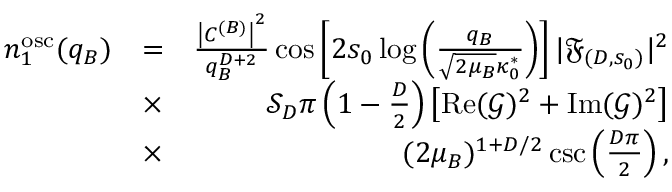
\begin{array} { r l r } { n _ { 1 } ^ { \mathrm { o s c } } ( q _ { B } ) } & { = } & { \frac { \left| C ^ { ( B ) } \right| ^ { 2 } } { q _ { B } ^ { D + 2 } } \cos \left[ 2 s _ { 0 } \log \left( \frac { q _ { B } } { \sqrt { 2 \mu _ { B } } \kappa _ { 0 } ^ { * } } \right) \right] | \mathfrak { F } _ { ( D , s _ { 0 } ) } | ^ { 2 } } \\ & { \times } & { \mathcal { S } _ { D } \pi \left( 1 - \frac D 2 \right) \left[ \operatorname { R e } ( \mathcal { G } ) ^ { 2 } + \operatorname { I m } ( \mathcal { G } ) ^ { 2 } \right] } \\ & { \times } & { ( 2 \mu _ { B } ) ^ { 1 + D / 2 } \csc \left( \frac { D \pi } { 2 } \right) , } \end{array}